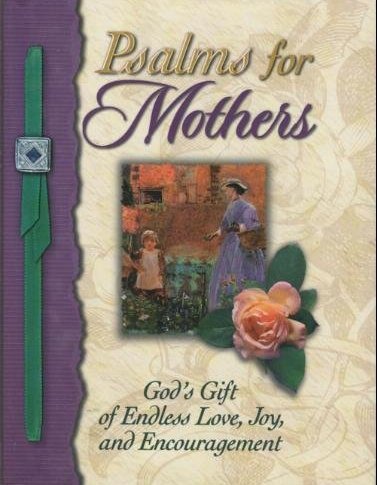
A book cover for Psalms for Mothers: God's Gift of Endless Love, Joy, and Encouragement; Faith Billings; Christian Books & Bibles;